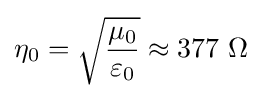
\eta _{0}={\sqrt {\frac {\mu _{0}}{\varepsilon _{0}}}}\approx 377{\text{ }}\Omega